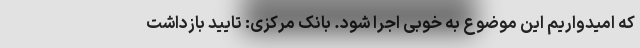
که امیدواریم این موضوع به خوبی اجرا شود. بانک مرکزی: تایید بازداشت